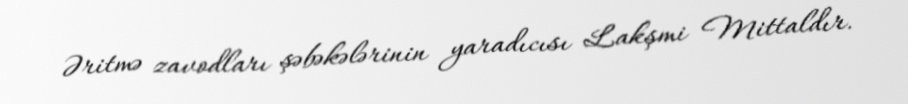
Əritmə zavodları şəbəkələrinin yaradıcısı Lakşmi Mittaldır.